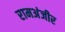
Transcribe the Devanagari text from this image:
रामअंजीर